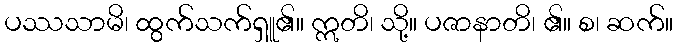
ပဿသာမိ၊ ထွက်သက်ရှူ၏။ ဣတိ၊ သို့။ ပဇာနာတိ၊ ၏။ စ၊ ဆက်။